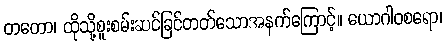
တတော၊ ထိုသို့စူးစမ်းဆင်ခြင်တတ်သောအနက်ကြောင့်။ ယောဂါဝစရော၊